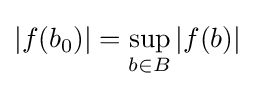
|f(b_{0})|=\sup _{b\in B}|f(b)|